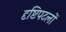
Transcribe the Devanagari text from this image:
दृष्टिपटलों